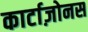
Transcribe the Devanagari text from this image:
कार्टाज़ोनस